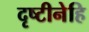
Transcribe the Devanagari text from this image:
दृष्टीनेहि